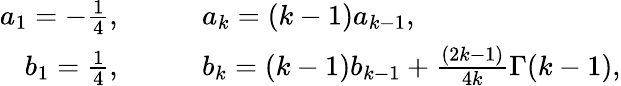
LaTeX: \begin{array}{rl}{a_{1}=-\frac{1}{4},}&{{}\qquad a_{k}=(k-1)a_{k-1},}\\ {b_{1}=\frac{1}{4},}&{{}\qquad b_{k}=(k-1)b_{k-1}+\frac{(2k-1)}{4k}\Gamma(k-1),}\end{array}